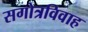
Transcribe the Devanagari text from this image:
सगोत्रविवाह